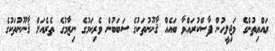
ރައްޔިތުންގެ މަޖިލީހުން ފާސްކުރައްވާ ބައެއް ޤާނޫނުތަކުގެ ސަބަބުން ވެރިކަމުގެ ނިޒާމުގެ ތެރެއަށް ޤާނޫނުތަކުގެ